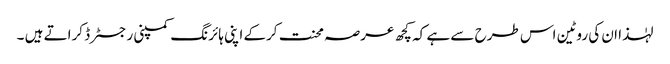
لہٰذا ان کی روٹین اس طرح سے ہے کہ کچھ عرصہ محنت کرکے اپنی ہائرنگ کمپنی رجسٹرڈ کراتے ہیں ۔